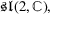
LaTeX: { \mathfrak { s l } } ( 2 , \mathbb { C } ) ,